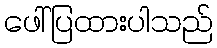
ဖေါ်ပြထားပါသည်